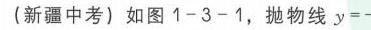
(新疆中考) 如图 \(1 - 3 - 1\)，抛物线 \(y = -\)